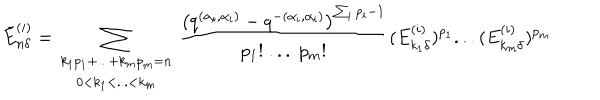
\tilde { E } _ { n \delta } ^ { ( i ) } = \sum _ { \begin{array} { c } { { k _ { 1 } p _ { 1 } + . . . + k _ { m } p _ { m } = n } } \\ { { 0 < k _ { 1 } < . . . < k _ { m } } } \\ \end{array} } \frac { \left( q ^ { ( \alpha _ { i } , \alpha _ { i } ) } - q ^ { - ( \alpha _ { i } , \alpha _ { i } ) } \right) ^ { \sum _ { i } p _ { i } - 1 } } { p _ { 1 } ! \; . . . \; p _ { m } ! } ( E _ { k _ { 1 } \delta } ^ { ( i ) } ) ^ { p _ { 1 } } . . . ( E _ { k _ { m } \delta } ^ { ( i ) } ) ^ { p _ { m } }